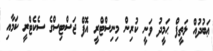
ޢަބުދުއް ލަތީފް ޙަމީދު ވަނީ ކުރިން މިނިސްޓްރީ އޮފް ޖަސްޓިސްގެ ސެކެޓްރީ ކަމާއި